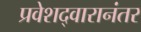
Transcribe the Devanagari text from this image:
प्रवेशद्वारानंतर